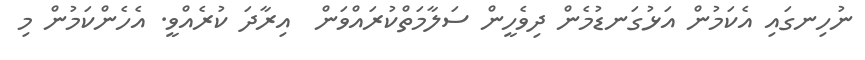
ނުހިނގައި އެކަމުން އަޅުގަނޑުމެން ދިވެހީން ސަލާމަތްކުރައްވަން  އިރާދަ ކުރެއްވީ. އެހެންކަމުން މި